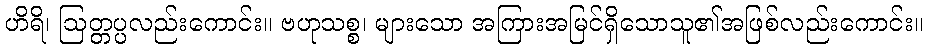
ဟိရိ၊ ဩတ္တပ္ပလည်းကောင်း။ ဗဟုသစ္စ၊ များသော အကြားအမြင်ရှိသောသူ၏အဖြစ်လည်းကောင်း။